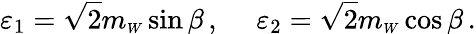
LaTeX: {\varepsilon}_{1}=\sqrt{2}m_{\scriptscriptstyle W}\sin{\beta}\, ,\ \ \ \ \ {\varepsilon}_{2}=\sqrt{2}m_{\scriptscriptstyle W}\cos{\beta}\, .